Indian journal of veterinary science and animal husbandry - Volumes 22-23, 1952-1953
Year: 1952
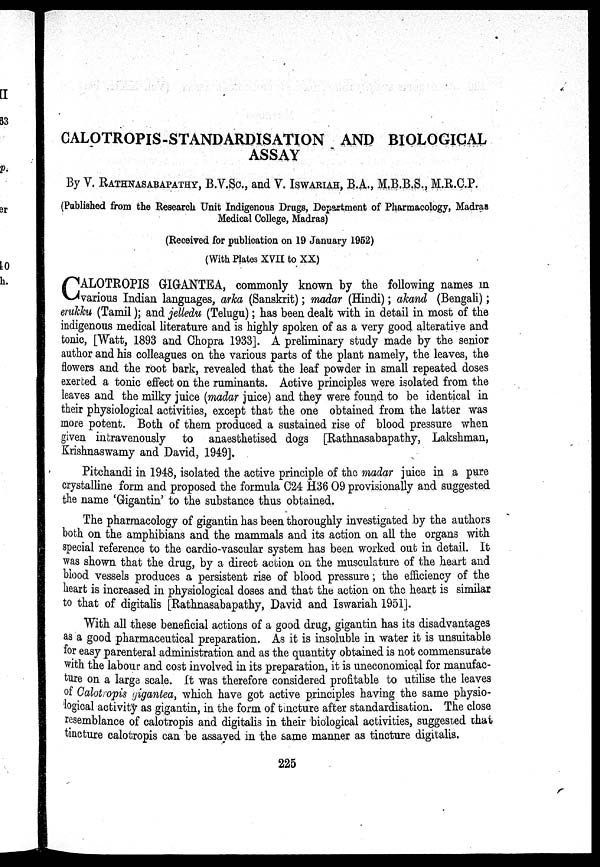
CALOTROPIS-STANDARDISATION AND BIOLOGICAL
ASSAY
By V. RATHNASABAPATHY, B.V.Sc., and V. ISWARIAH, B.A., M.B.B.S., M.R.C.P.
(Published from the Research Unit Indigenous Drugs, Department of Pharmacology, Madras
Medical College, Madras)
(Received for publication on 19 January 1952)
(With Plates XVII to XX)
C ALOTROPIS GIGANTEA, commonly known by the following names in
various Indian languages, arka (Sanskrit); madar (Hindi); akand (Bengali);
erukku (Tamil); and jelledu (Telugu); has been dealt with in detail in most of the
indigenous medical literature and is highly spoken of as a very good alterative and
tonic, [Watt, 1893 and Chopra 1933]. A preliminary study made by the senior
author and his colleagues on the various parts of the plant namely, the leaves, the
flowers and the root bark, revealed that the leaf powder in small repeated doses
exerted a tonic effect on the ruminants. Active principles were isolated from the
leaves and the milky juice (madar juice) and they were found to be identical in
their physiological activities, except that the one obtained from the latter was
more potent. Both of them produced a sustained rise of blood pressure when
given intravenously to anaesthetised dogs [Rathnasabapathy, Lakshman,
Krishnaswamy and David, 1949].
Pitchandi in 1948, isolated the active principle of the madar juice in a pure
crystalline form and proposed the formula C24 H36 09 provisionally and suggested
the name 'Gigantin' to the substance thus obtained.
The pharmacology of gigantin has been thoroughly investigated by the authors
both on the amphibians and the mammals and its action on all the organs with
special reference to the cardio-vascular system has been worked out in detail. It
was shown that the drug, by a direct action on the musculature of the heart and
blood vessels produces a persistent rise of blood pressure; the efficiency of the
heart is increased in physiological doses and that the action on the heart is similar
to that of digitalis [Rathnasabapathy, David and Iswariah 1951].
With all these beneficial actions of a good drug, gigantin has its disadvantages
as a good pharmaceutical preparation. As it is insoluble in water it is unsuitable
for easy parenteral administration and as the quantity obtained is not commensurate
with the labour and cost involved in its preparation, it is uneconomical for manufac-
ture on a large scale. It was therefore considered profitable to utilise the leaves
of Calotropis gigantea, which have got active principles having the same physio-
logical activity as gigantin, in the form of tincture after standardisation. The close
resemblance of calotropis and digitalis in their biological activities, suggested that
tincture calotropis can be assaved in the same manner as tincture digitalis.
225